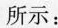
所示：